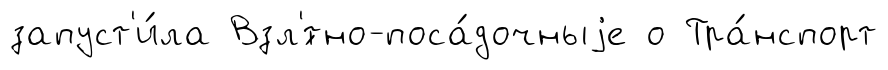
запуст'и́ла Взл'́тно-поса́дочныjе о Тра́нспорт